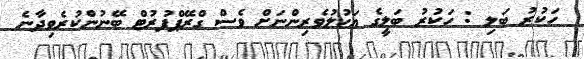
ހަކުރު ބަލި : ހަކުރު ބަލީގެ އަހުލުވެރިންނަށް ވެސް ގްރޭޕްފުރުޓް ބޭނުންކުރެވިދާނެ